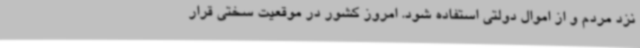
نزد مردم و از اموال دولتی استفاده شود. امروز کشور در موقعیت سختی قرار